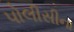
પોલીસીના